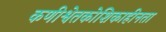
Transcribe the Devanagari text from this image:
कणीश्वेतकोशिकाहीनता